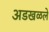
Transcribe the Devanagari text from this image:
अडखळले